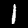
Label: 1